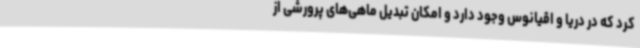
کرد که در دریا و اقیانوس وجود دارد و امکان تبدیل ماهی‌های پرورشی از